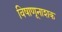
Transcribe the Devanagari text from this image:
विषाणूनाशक